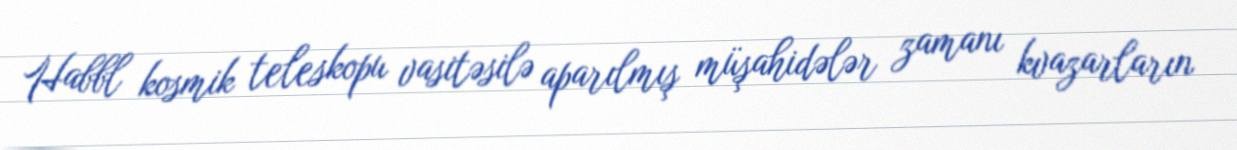
Habbl kosmik teleskopu vasitəsilə aparılmış müşahidələr zamanı kvazarların